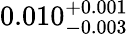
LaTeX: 0.010_{-0.003}^{+0.001}